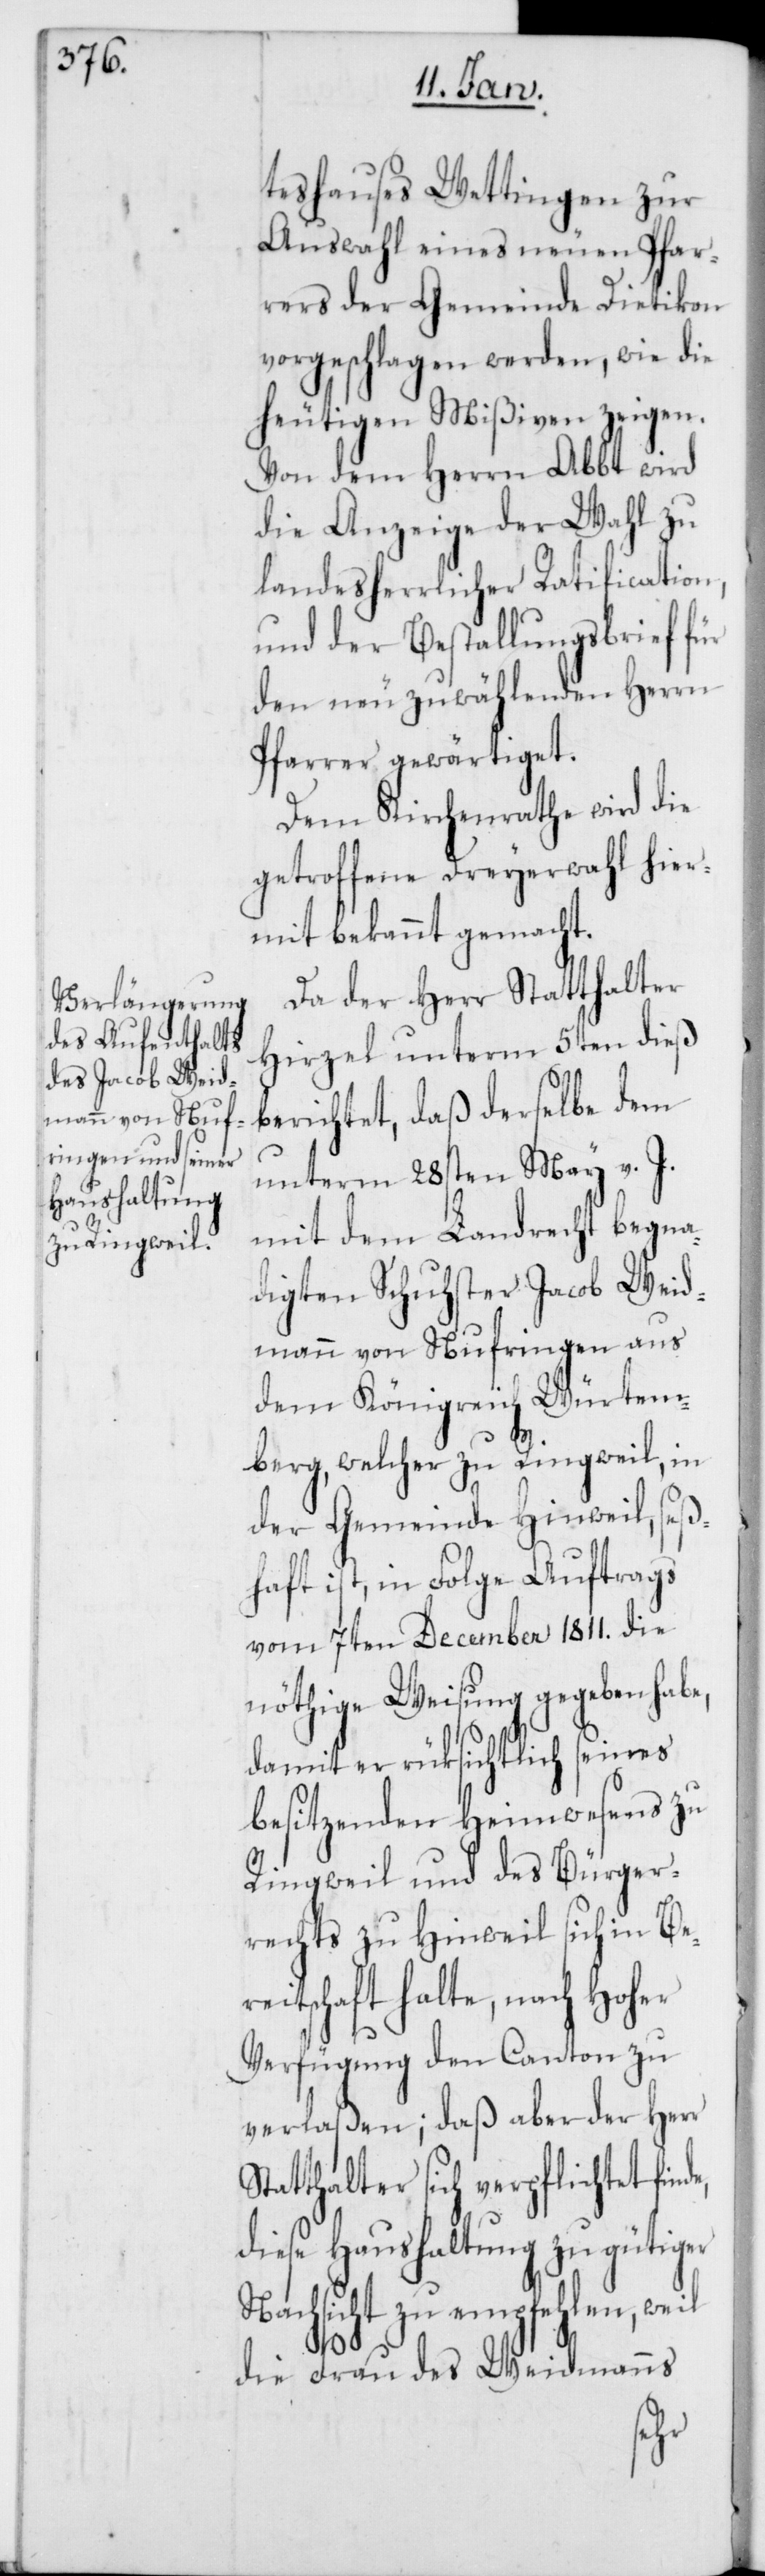
teshauses Wettingen zur
Auswahl eines neuen Pfar¬
rers der Gemeinde Dietikon
vorgeschlagen werden, wie die
heutigen Mißiven zeigen.
Von dem Herrn Abbt wird
die Anzeige der Wahl zu
landesherrlicher Ratification,
und der Bestallungsbrief für
den neuzuwählenden Herrn
Pfarrer gewärtiget.
Dem Kirchenrathe wird die
getroffene Dreyerwahl hier¬
mit bekannt gemacht.
Da der Herr Statthalter
Hirzel unterm 5ten dieß
berichtet, daß derselbe dem
unterm 28sten May v. J.
mit dem Landrecht begna¬
digten Schuster Jacob Weid¬
mann von Nufringen aus
dem Königreich Würtem¬
berg, welcher zu Ringweil, in
der Gemeinde Hinweil seß¬
haft ist, in Folge Auftrags
vom 7ten December 1811. die
nöthige Weisung gegeben habe,
damit er rüksichtlich seines
besitzenden Heimwesens zu
Ringweil und des Bürger¬
rechts zu Hinweil sich in Ber¬
eitschaft halte, nach Hoher
Verfügung den Canton zu
verlaßen; daß aber der Herr
Statthalter sich verpflichtet fin¬
diese Haushaltung zu gütiger
Nachsicht zu empfehlen, weil
die Frau des Weidmanns
de,